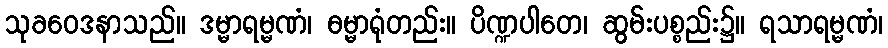
သုခဝေဒနာသည်။ ဒမ္မာရမ္မဏံ၊ ဓမ္မာရုံတည်း။ ပိဏ္ဍပါတေ၊ ဆွမ်းပစ္စည်း၌။ ရသာရမ္မဏံ၊